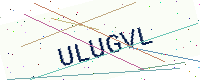
Text: ULUGVL